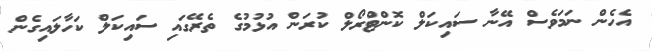
އެހެން ނަމަވެސް އޭނާ ސައިކަލް ކޮންޓްރޯލް ކުރަން އުޅުމުގެ ތެރޭގައި ސައިކަލް ކަހާލައިގެން